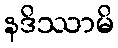
နဒိဿာမိ